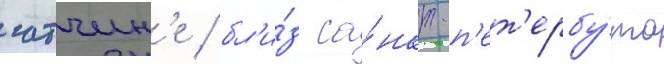
гатчин'е / бл'и́з са́нкт-п'ет'ербу́рга